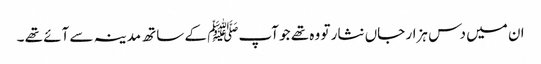
ان میں دس ہزار جاں نثار تو وہ تھے جو آپﷺ کے ساتھ مدینہ سے آئے تھے ۔